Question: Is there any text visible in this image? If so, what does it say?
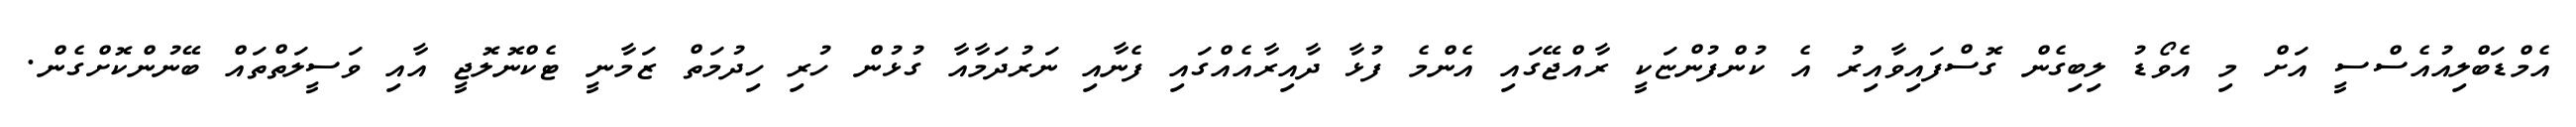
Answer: އެމްޑަބްލިއުއެސްސީ އަށް މި އެވޯޑު ލިބިގެން ގޮސްފައިވާއިރު އެ ކުންފުންޏަކީ ރާއްޖޭގައި އެންމެ ފުޅާ ދާއިރާއެއްގައި ފެނާއި ނަރުދަމާއާ ގުޅުން ހުރި ހިދުމަތް ޒަމާނީ ޓެކްނޮލޮޖީ އާއި ވަސީލަތްތައް ބޭނުންކޮށްގެން.